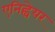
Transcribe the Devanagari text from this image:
एनिह्वेयर